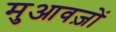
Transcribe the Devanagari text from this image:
मुआवज़ों